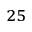
^ { 2 5 }